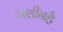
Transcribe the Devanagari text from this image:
मशीनहै